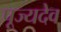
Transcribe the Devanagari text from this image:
पूज्यदेव